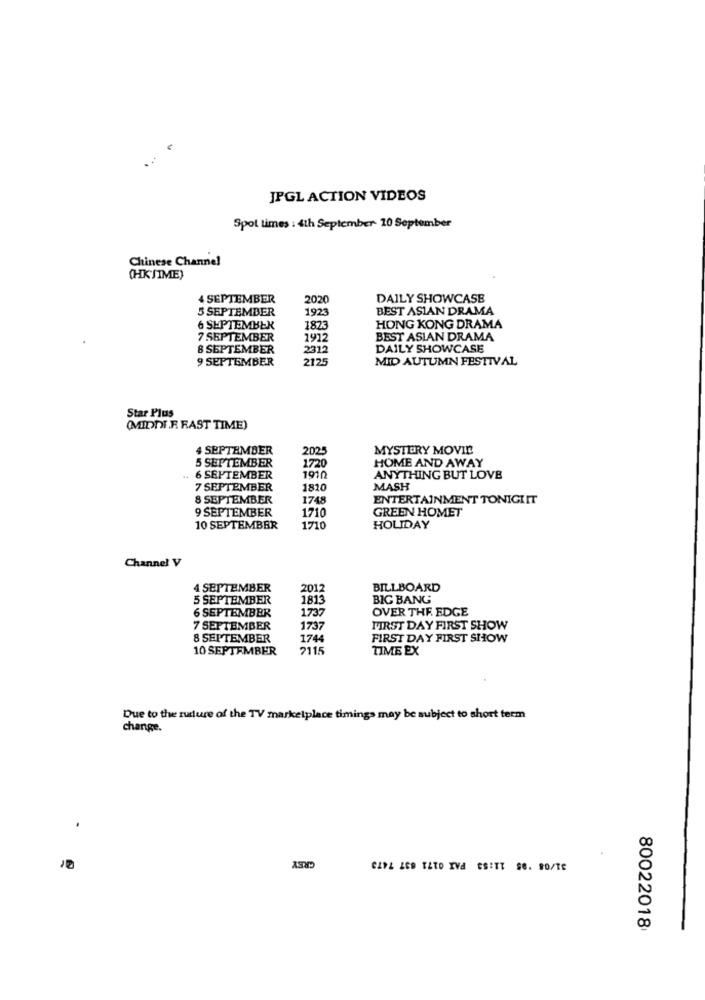
JPGL ACTION VIDEOS
Spot times : 4th September 10 September
Chinese Channel
(HKJIME)
4 SEPTEMBER
2020
DAILY SHOWCASE
5 SEPTEMBER
1923
BEST ASIAN DRAMA
6 SEPTEMBER
1873
HONG KONG DRAMA
7 SEPTEMBER
1912
BEST ASIAN DRAMA
8 SEPTEMBER
2312
DAILY SHOWCASE
9 SEPTEMBER
2125
MID AUTUMN FESTIVAL
Star Plus
(MIDDI.F. FAST TIME)
4 SEPTEMBER
202
MYSTERY MOVIE
5 SEPTEMBER
1720
HOME AND AWAY
6 SEPTEMBER
1910
ANYTHING BUT LOVE
7 SEPTEMBER
1820
MASH
8 SEPTEMBER
1748
ENTERTAINMENT TONIGI IT
9 SEPTEMBER
1710
GREEN HOMET
10 SEPTEMBER
1710
HOLIDAY
Channel V
4 SEPTEMBER
2012
BILLBOARD
5 SEPTEMBER
1813
BIG BANG
6 SEPTEMBER
1737
OVER THE EDGE
7 SEPTEMBER
1737
FIRST DAY FIRST SHOW
8 SEPTEMBER
1744
FIRST DAY FIRST SHOW
10 SEPTEMBER
2115
TIME EX
Due to the rudure of the TV marketplace timings may be subject to short term
change.
.
GREY
CZYL LED TATO IVA ESITT S6. 90/TE
80022018